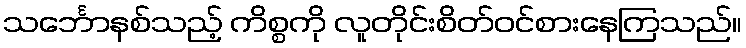
သင်္ဘောနစ်သည့် ကိစ္စကို လူတိုင်းစိတ်ဝင်စားနေကြသည်။